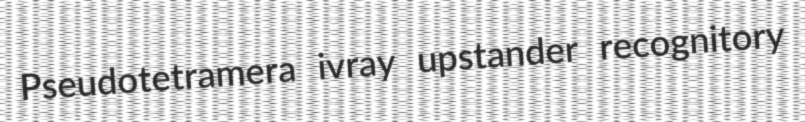
Pseudotetramera ivray upstander recognitory